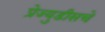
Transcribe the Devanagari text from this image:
प्रेज्युडीसचे